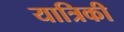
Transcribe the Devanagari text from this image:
यात्रिकी